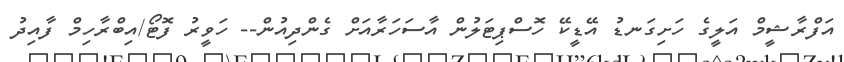
އަފްރާޝީމް އަލީގެ ހަށިގަނޑު އޭޑީކޭ ހޮސްޕިޓަލުން އާސަހަރާއަށް ގެންދިއުން-- ހަވީރު ފޮޓޯ/އިބްރާހިމް ފާއިދު